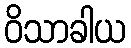
ဝိသာခါယ